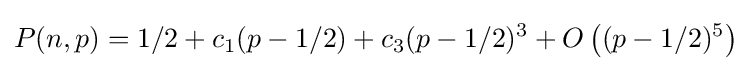
P(n,p)=1/2+c_{1}(p-1/2)+c_{3}(p-1/2)^{3}+O\left((p-1/2)^{5}\right)